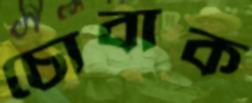
চোবাক